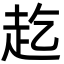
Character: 䞘